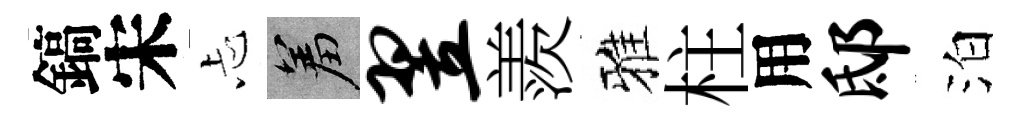
鎬宋忐羞翌羨雅柱用邸泊